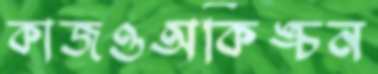
কাজওঅকিঙ্চন